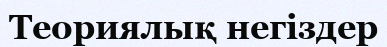
Теориялық негiздер